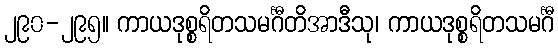
၂၉၀-၂၉၅။ ကာယဒုစ္စရိတသမင်္ဂီတိအာဒီသု၊ ကာယဒုစ္စရိတသမင်္ဂီ